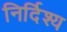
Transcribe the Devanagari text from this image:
निर्दिश्य